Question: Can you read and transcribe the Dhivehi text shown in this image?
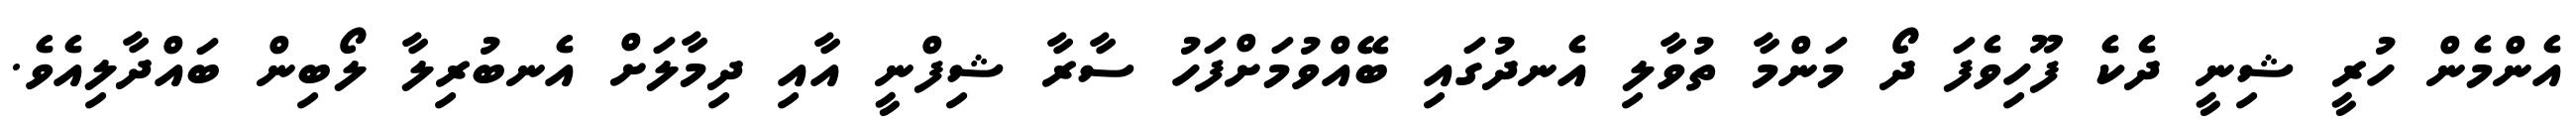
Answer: އެންމެން ހުރީ ޝިނީ ދެކެ ފޫހިވެފަ ދޯ މަންމާ ތުވާލި އެނދުގައި ބޭއްވުމަށްފަހު ސާރާ ޝިފްނީ އާއި ދިމާލަށް އެނބުރިލާ ލޯބިން ބައްދާލިއެވެ.